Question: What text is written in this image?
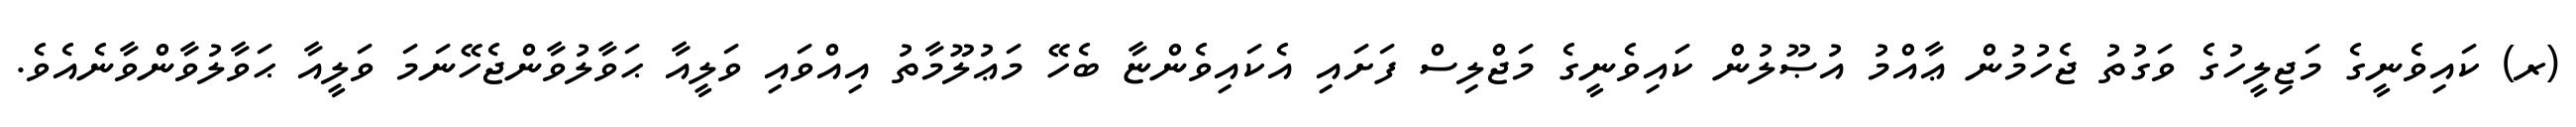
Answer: (ރ) ކައިވެނީގެ މަޖިލީހުގެ ވަގުތު ޖެހުމުން ޢާއްމު އުޞޫލުން ކައިވެނީގެ މަޖްލިސް ފަށައި އެކައިވެންޏާ ބެހޭ މަޢުލޫމާތު އިއްވައި ވަލީއާ ޙަވާލުވާންޖެހޭނަމަ ވަލީއާ ޙަވާލުވާންވާނެއެވެ.